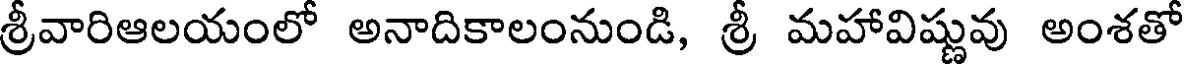
శ్రీవారిఆలయంలో అనాదికాలంనుండి, శ్రీ మహావిష్ణువు అంశతో